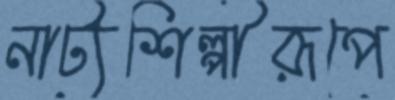
নাট্যশিল্পীরূপে